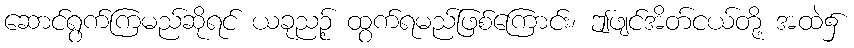
ဆောင်ရွက်ကြမည်ဆိုရင် ယခုညဉ့် ထွက်ရမည်ဖြစ်ကြောင်း၊ ဤဖျင်အိတ်ငယ်တို့ အထဲ၌